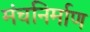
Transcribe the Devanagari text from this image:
मंचनिर्माण